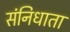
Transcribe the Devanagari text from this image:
संनिधाता